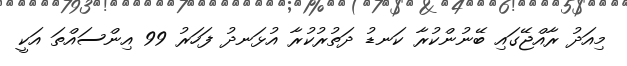
މިއަދު ރާއްޖޭގައި ބޭނުންކުރާ ކަނޑު ދަތުރުކުރާ އުޅަނދު ފަހަރު 99 އިންސައްތަ އަކީ